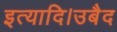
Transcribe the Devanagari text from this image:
इत्यादि।उबैद